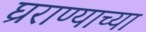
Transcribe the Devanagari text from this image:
घ्रराण्याच्या